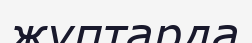
жұптарда